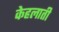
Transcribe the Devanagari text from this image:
केहलाती